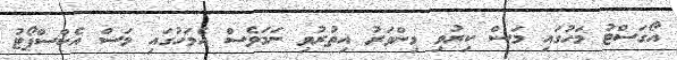
އޯގަސްޓު މަހުގައި މަސް ކިރުވި މިންވަރު އިތުރުވި ނަމަވެސް އެމަހުގައި މަސް އެކްސްޕޯޓު